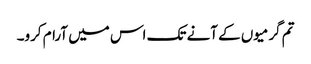
تم گرمیوں کے آنے تک اس میں آرام کرو۔